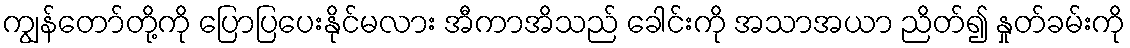
ကျွန်တော်တို့ကို ပြောပြပေးနိုင်မလား အီကာအိသည် ခေါင်းကို အသာအယာ ညိတ်၍ နှုတ်ခမ်းကို